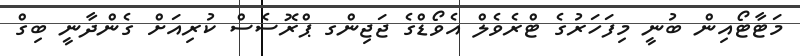
މަޓާޓޯއިން ބުނީ މިފަހަރުގެ ޓްރެވެލް އެވޯޑްގެ ޖަޖިންގ ޕްރޮސެސް ކުރިއަށް ގެންދާނީ ބިގް